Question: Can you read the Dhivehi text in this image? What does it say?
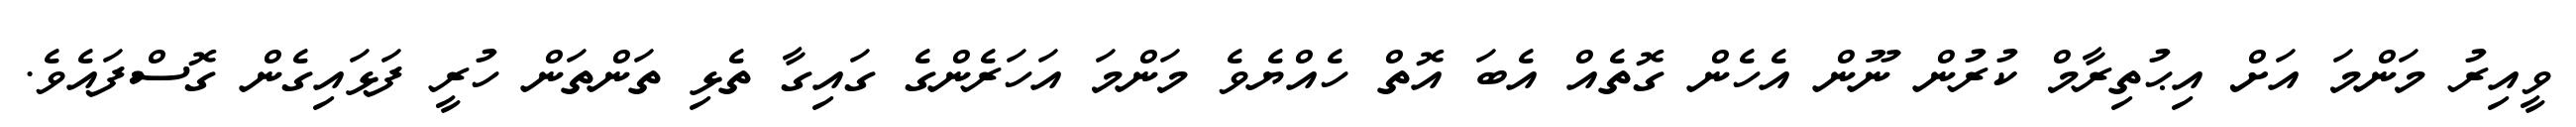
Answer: ވީއިރު މަންމަ އަށް އިޙުތިރާމް ކުރުން ނޫން އެހެން ގޮތެއް އެބަ އޮތް ހެއްޔެވެ މަންމަ އަހަރެންގެ ގައިގާ ތެޅި ތަންތަން ހުރީ ފަޅައިގެން ގޮސްފައެވެ.